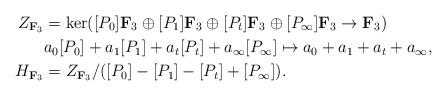
LaTeX: \begin{align*}Z_{\bold F_3}&=\ker([P_0]\bold F_3\oplus [P_1]\bold F_3\oplus [P_t]\bold F_3\oplus [P_\infty]\bold F_3 \to \bold F_3) \\&a_0[P_0]+a_1[P_1]+a_t[P_t]+a_{\infty}[P_\infty] \mapsto a_0+a_1+a_t+a_{\infty},\\H_{\bold F_3}&=Z_{\bold F_3}/([P_0]-[P_1]-[P_t]+[P_\infty]).\end{align*}